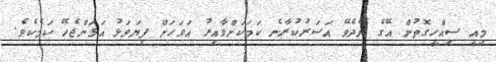
މިއީ ސިއްހީގޮތުން އޭގެ ނޭދެވޭ އަސަރުކުރާނެ ކަމަކަށްވާއިރު އަވަހަށް ފިޔަވަޅު އަޅަންޖެހޭ ކަމެކެވެ.